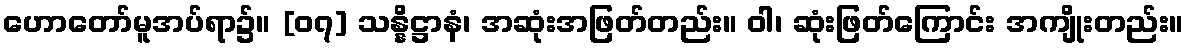
ဟောတော်မူအပ်ရာ၌။ [၀၇] သန္နိဋ္ဌာနံ၊ အဆုံးအဖြတ်တည်း။ ဝါ၊ ဆုံးဖြတ်ကြောင်း အကျိုးတည်း။